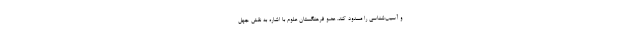
و آسیب‌شناسی را مسدود کند. عضو فرهنگستان علوم با اشاره به نقش جهل